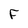
Character: F